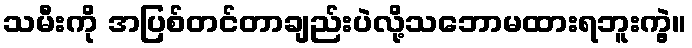
သမီးကို အပြစ်တင်တာချည်းပဲလို့သဘောမထားရဘူးကွဲ့။